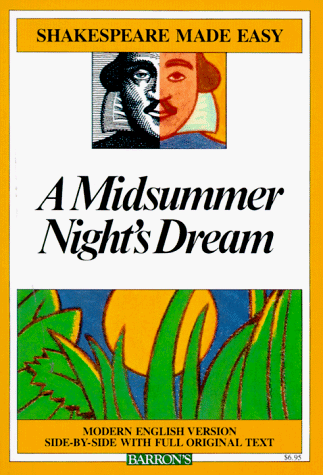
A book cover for A Midsummer Night's Dream (Shakespeare Made Easy); William Shakespeare; Literature & Fiction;